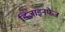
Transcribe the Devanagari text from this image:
डिज़ाइनफेज